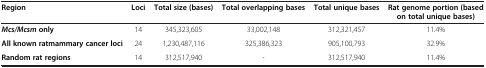
| Region | Loci | Total size (bases) | Total overlapping bases | Total unique bases | Rat genome portion (based on total unique bases) |
 | --- | --- | --- | --- | --- | --- |
 | Mcs/Mcsm only | 14 | 345,323,605 | 33,002,148 | 312,321,457 | 11.4% |
 | All known ratmammary cancer loci | 24 | 1,230,487,116 | 325,386,323 | 905,100,793 | 32.9% |
 | Random rat regions | 14 | 312,517,940 | - | 312,517,940 | 11.4% |